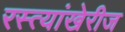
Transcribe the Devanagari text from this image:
रस्त्यांखेरीज